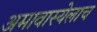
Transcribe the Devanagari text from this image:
अमावास्येलाच